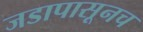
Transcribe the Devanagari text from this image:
जडापासूनच